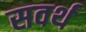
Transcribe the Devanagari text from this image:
सवर्थ